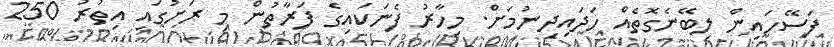
ފަސޭހައިން ލިބޭނެގޮތެއް ހަދައިދިނުމަށް. މިހާރު ފެނަކައިގެ ފަރާތުން މި ރަށުގައި އިތުރު 250